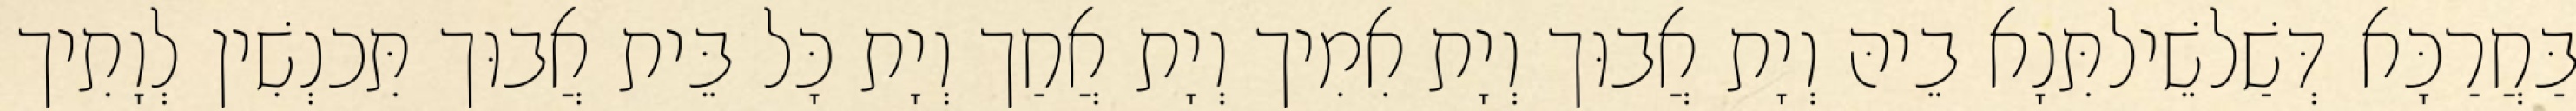
בַּחֲרַכָּא דְּשַׁלשֵׁילתִּנָא בֵיהּ וְיָת אֲבוּך וְיָת אִמִיך וְיָת אֲחַך וְיָת כָּל בֵּית אֲבוּך תִּכנְשִׁין לְוָתִיך